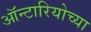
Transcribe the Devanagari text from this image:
ऑन्टारियोच्या